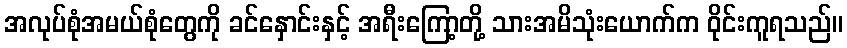
အလုပ်စုံအမယ်စုံတွေကို ခင်နှောင်းနှင့် အရီးကြော့တို့ သားအမိသုံးယောက်က ဝိုင်းကူရသည်။